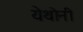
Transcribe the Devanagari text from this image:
येथोनी